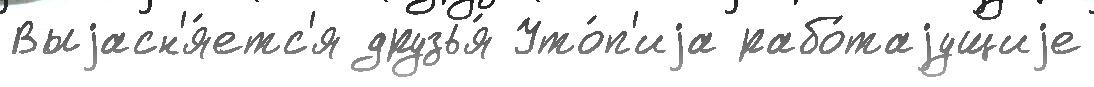
Выjасн'я́етс'я друзья́ Уто́п'иjа рабо́таjущиjе